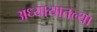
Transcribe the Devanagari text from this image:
अध्यायातल्या